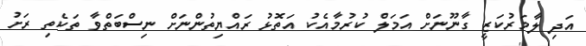
އަދި ލާމަރުކަޒީ ގާނޫނަށް އަމަލް ކުރުމާއެކު އަތޮޅު ރައްޔިތުންނަށް ނިސްބަތްވާ ތަކެތި ރަށު